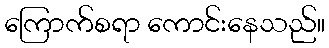
ကြောက်စရာ ကောင်းနေသည်။